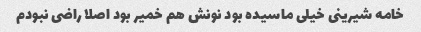
خامه شیرینی خیلی ماسیده بود نونش هم خمیر بود اصلا راضی نبودم